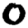
Digit: 0